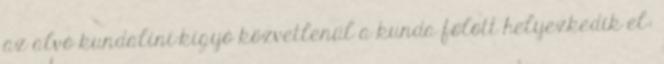
az alvó kundaliní-kígyó közvetlenül a kunda fölött helyezkedik el: